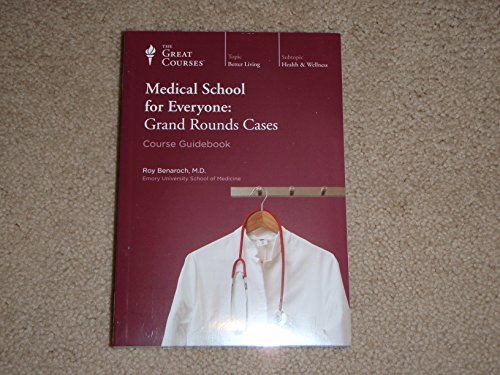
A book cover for Medical School for Everyone: Grand Rounds Cases (Great Courses) (Teaching Company) Course No. 1977; Dr. Roy Benaroch; Education & Teaching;